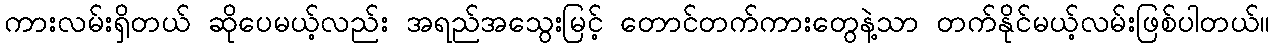
ကားလမ်းရှိတယ် ဆိုပေမယ့်လည်း အရည်အသွေးမြင့် တောင်တက်ကားတွေနဲ့သာ တက်နိုင်မယ့်လမ်းဖြစ်ပါတယ်။